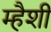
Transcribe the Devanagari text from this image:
म्हैशी